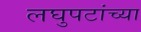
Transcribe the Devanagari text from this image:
लघुपटांच्या